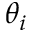
\theta _ { i }